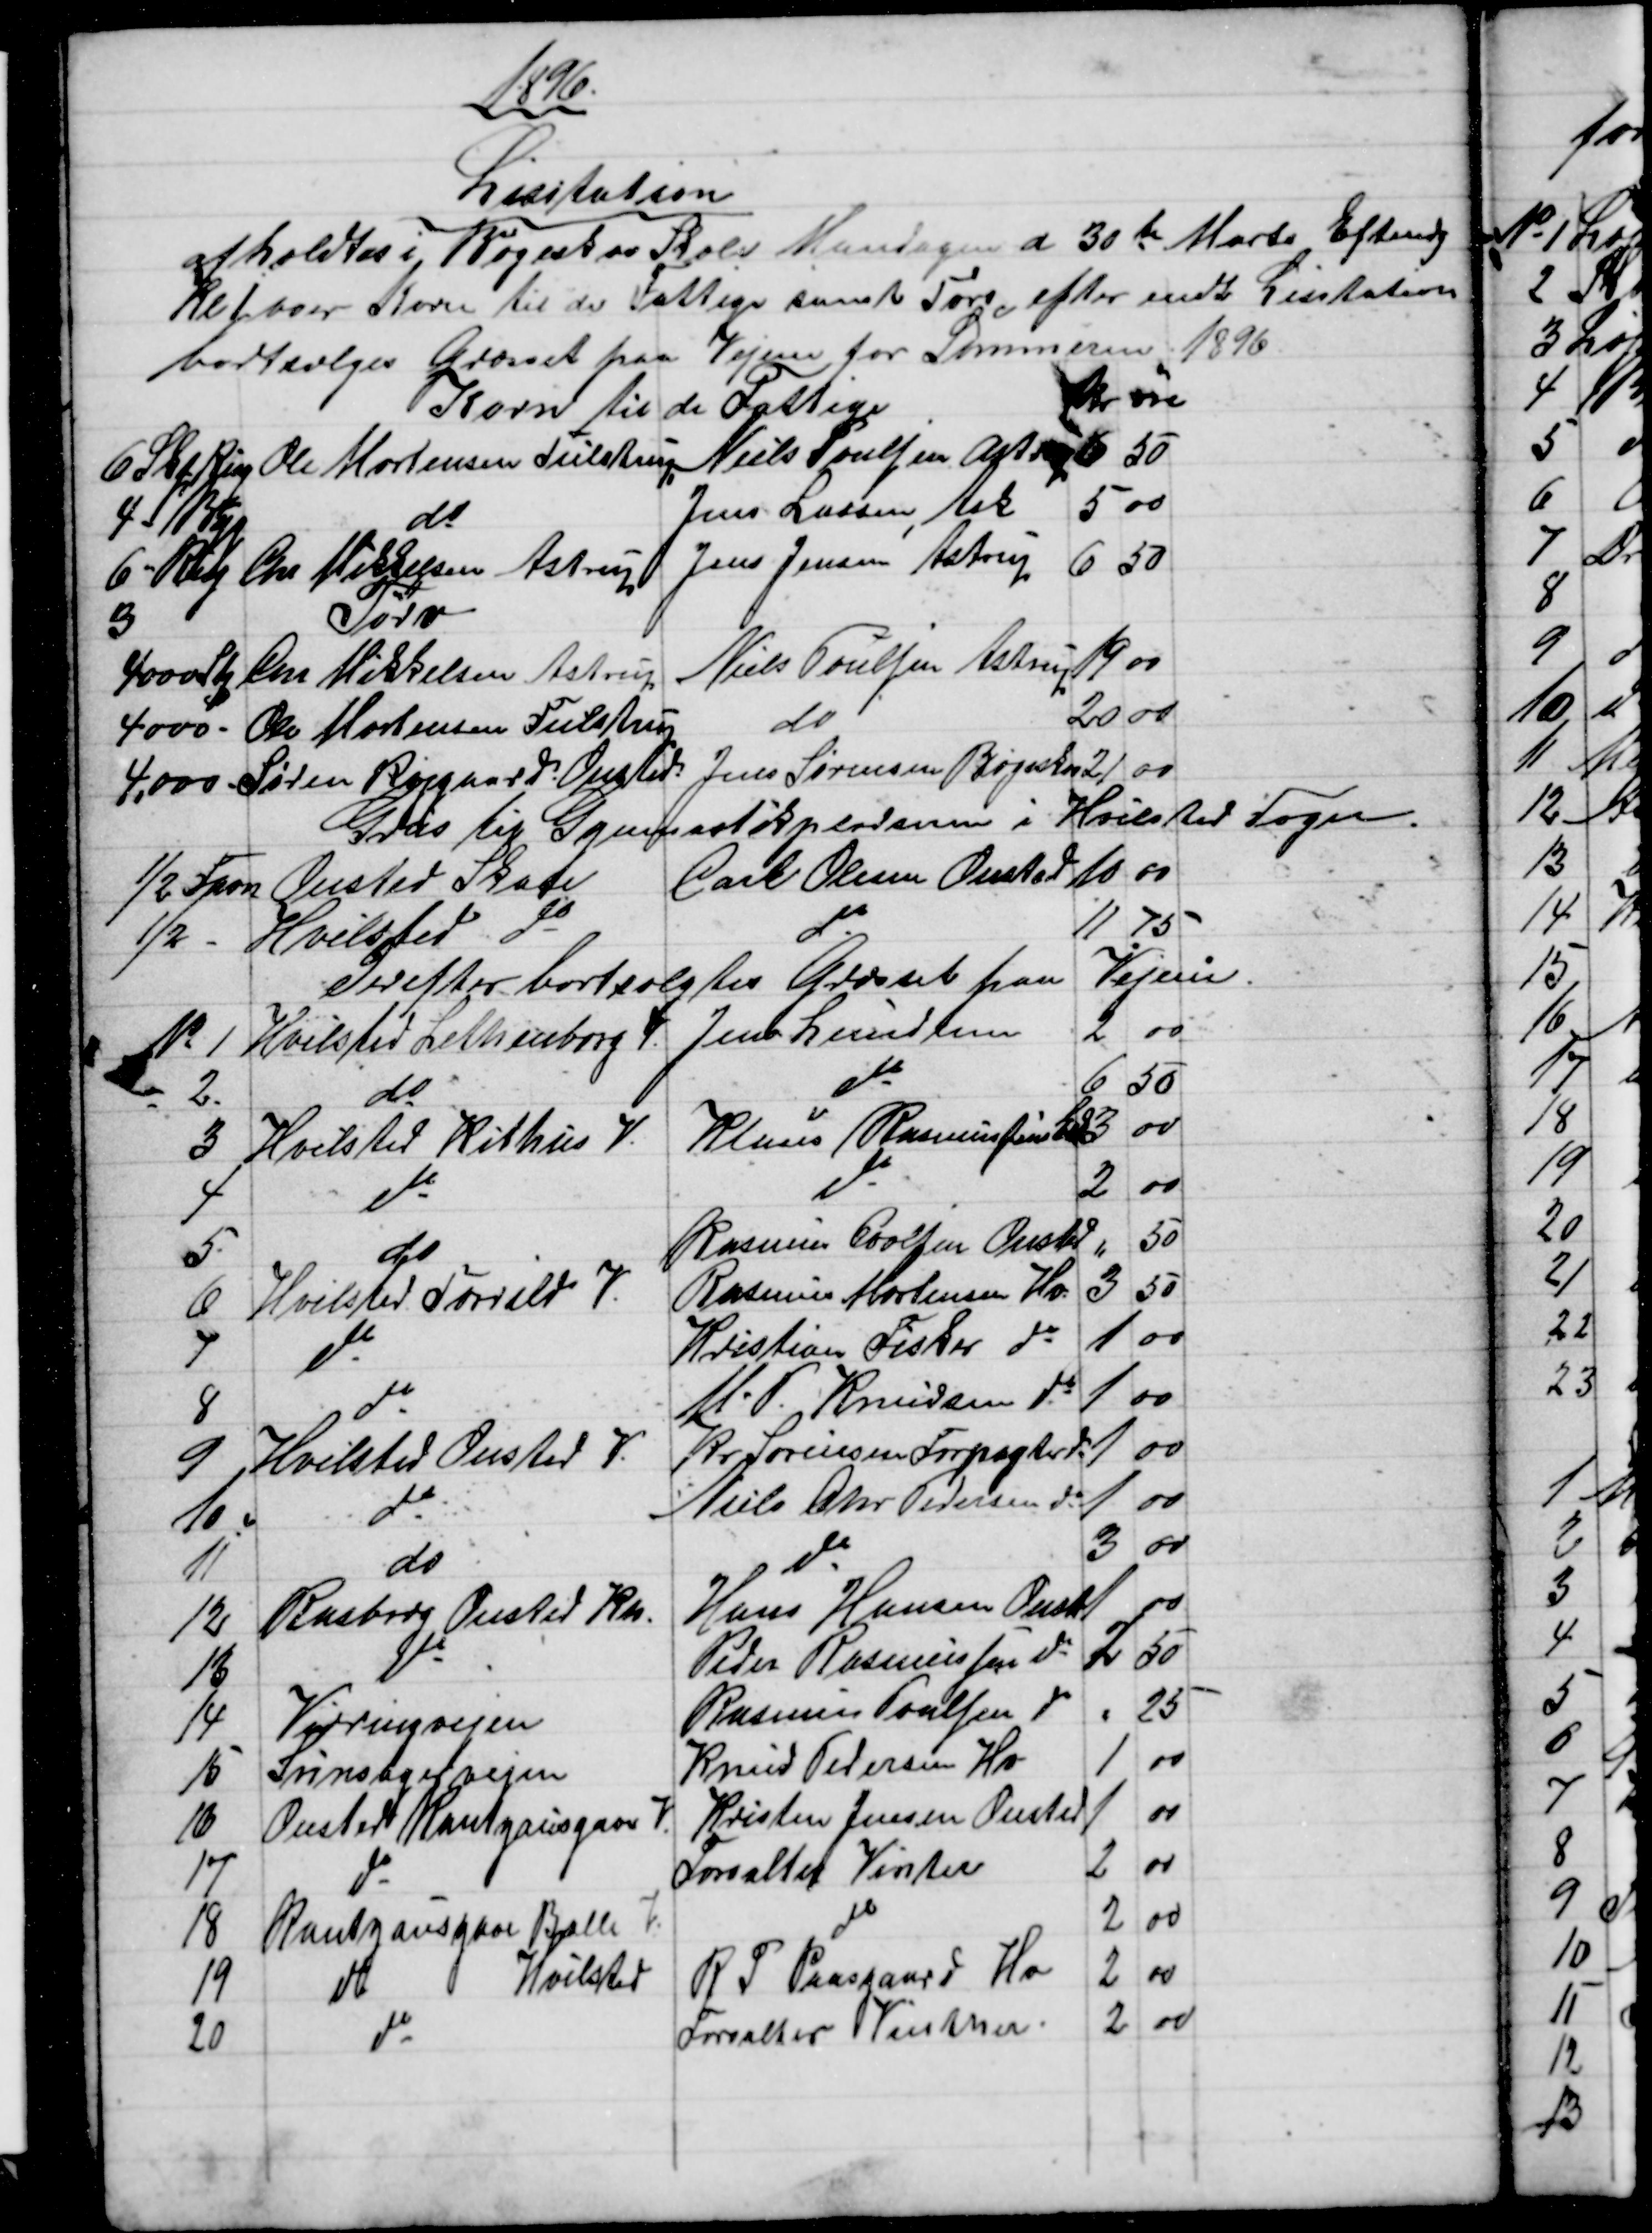
Transskription:
1896
Lisitation
afholdtes i Bøgeskov Skole Mandagen d 30te Marts Eftmdg
Kl 1 over Korn til de Fattige samt Tørv, efter endt Lisitation
bortsælges Græsset paa Vejene for Sommeren 1896.
Korn til de Fattige
Kr
øre
6 Skp Rug 
Ole Mortensen Tulstrup 
Niels Poulsen Astrup
6
50
4 - Byg
do
Jens Larsen, Ask
5 
00
6 - Rug
Chr. Mikkelsen Astrup
Jens Jensen Astrup
6
50
3
Tørv
4000 Stk
Chr Mikkelsen Astrup
Niels Poulsen Astrup
19
00
4000 -
Ole Mortensen Tulstrup
do
20
00
4.000 -
Søren Røjgaard Onsted
Jens Sørensen Bøgeskov 
21
00
Grus til Gymnastikpladsen i Hvilsted Sogn.
½ Favn
Onsted Skole
Carl Olesen Onsted 
10
00
½ - 
Hvilsted do
do
11
75
Derefter bortsolgtes Græsset paa Vejene.
№ 1
Hvilsted Lethenborg V.
Jens Lundum
2
00
2.
do
do
6
50
3
Hvilsted Kithus V.
Klaus Rasmussen 
3
00
4
do
do
2
00
5
do
Rasmus Poulsen Onsted
"
50
6
Hvilsted Torrild V.
Rasmus Mortensen Hv.
3
50
7
do
Kristian Fisker do
1
00
8
do
M. P. Knudsen do
1
00
9
Hvilsted Onsted V.
Kr. Sørensen Forpagter do
1
00
10.
do
Niels Chr. Pedersen do
1
00
11
do
do
3
00
12
Rasborg Onsted Kn.
Hans Hansen Onst
1
00
13
do
Peder Rasmussen do
2
50
14
Virringvejen
Rasmus Poulsen do
"
25
15
Svinsagervejen
Knud Pedersen Hv
1
00
16
Onsted Rantzausgave V.
Kristen Jensen Onsted
1
00
17
do
Forvalter Vinter
2
00
18
Rantzausgave Balle V.
do
2
00
19
do 
Hvilsted
R. P. Paasgaard Hv
2
00
20
do
Forvalter Vinther.
2
00